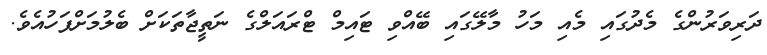
ދަރިވަރުންގެ މެދުގައި މެއި މަހު މާލޭގައި ބޭއްވި ޓައިމް ޓްރައަލްގެ ނަތީޖާތަކަށް ބެލުމަށްފަހުއެވެ.